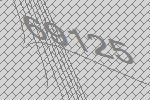
69125